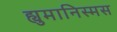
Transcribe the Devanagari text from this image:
ह्युमानिस्मस